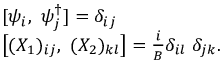
\begin{array} { l } { { [ \psi _ { i } , ~ \psi _ { j } ^ { \dag } ] = \delta _ { i j } \nonumber } } \\ { { \bigl [ ( X _ { 1 } ) _ { i j } , ~ ( X _ { 2 } ) _ { k l } \bigr ] = { \frac { i } { B } } \delta _ { i l } ~ \delta _ { j k } . } } \end{array}